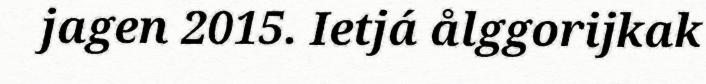
jagen 2015. Ietjá ålggorijkak